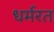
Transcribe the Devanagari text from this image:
धर्मरत